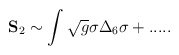
\begin{align*}{\bf S}_2 \sim \int\sqrt{g}\sigma\Delta_6\sigma + .....\end{align*}